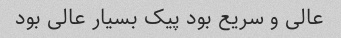
عالی و سریع بود پیک بسیار عالی بود